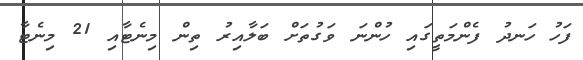
ފަހު ހަނދު ފެންމަތީގައި ހުންނަ ވަގުތަށް ބަލާއިރު ތިން މިނެޓާއި 21 މިނެޓާ